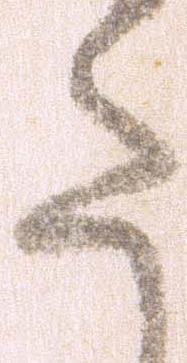
た